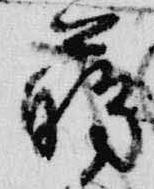
臈